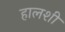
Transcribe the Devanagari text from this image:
हालशी